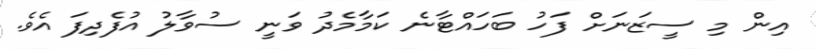
އިން މި ސީޒަނަށް ފަހު ބަހައްޓާނެ ކަމާމެދު ވަނީ ސުވާލު އުފެދިފަ އެވެ.